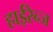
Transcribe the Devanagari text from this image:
हाईरेन्ज